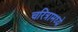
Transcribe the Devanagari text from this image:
चरित्रामध्ये